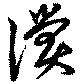
償